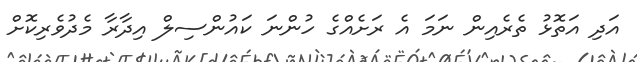
އަދި އަތޮޅު ތެރެއިން ނަަމަ އެ ރަށެއްގެ ހުންނަ ކައުންސިލް އިދާރާ މެދުވެރިކޮށް